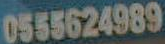
0555624989